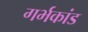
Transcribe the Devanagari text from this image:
गर्भकांड